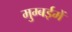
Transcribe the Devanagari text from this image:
मुम्बईमें